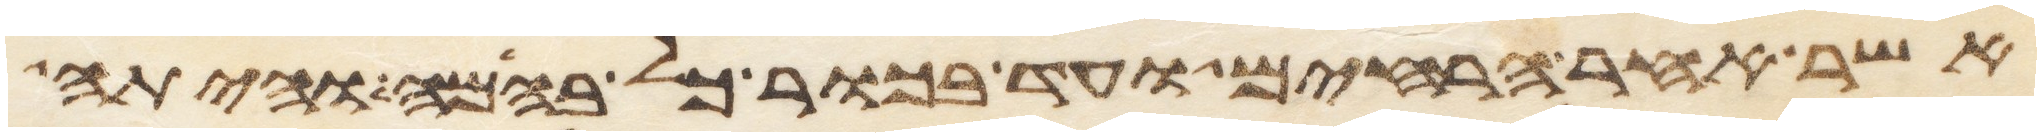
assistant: אשר אחר הרחים ועד בכור כל בהמה והיתה